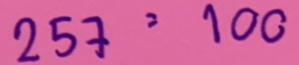
257 = 100